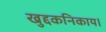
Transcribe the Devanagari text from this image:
खुद्दकनिकाय।